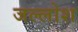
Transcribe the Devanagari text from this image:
जल्लोश